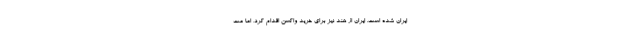
ایران شده است. ایران از هند نیز برای خرید واکسن اقدام کرد، اما مت